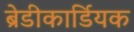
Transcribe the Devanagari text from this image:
ब्रेडीकार्डियक